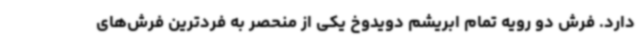
دارد. فرش دو رویه تمام ابریشم دویدوخ یکی از منحصر به فردترین فرش‌های